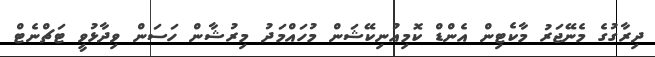
ދިރާގުގެ މެނޭޖަރު މާކެޓިން އެންޑް ކޮމިއުނިކޭޝަން މުހައްމަދު މިރުޝާން ހަސަން ވިދާޅުވީ ޓަޗްނެޓް